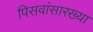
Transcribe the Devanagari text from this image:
पिसवांसारख्या